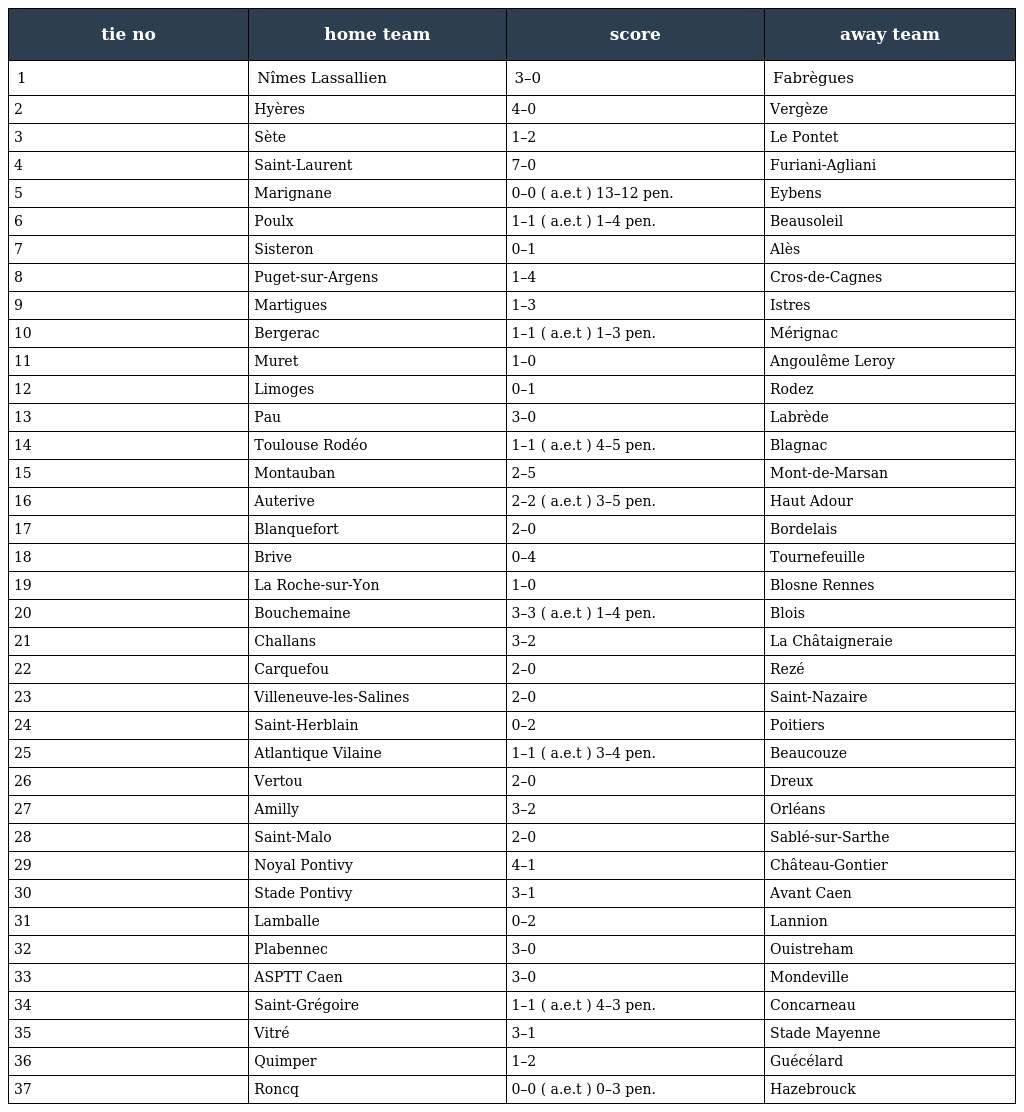
| tie no | home team | score | away team |
 | --- | --- | --- | --- |
 | 1 | Nîmes Lassallien | 3–0 | Fabrègues |
 | 2 | Hyères | 4–0 | Vergèze |
 | 3 | Sète | 1–2 | Le Pontet |
 | 4 | Saint-Laurent | 7–0 | Furiani-Agliani |
 | 5 | Marignane | 0–0 ( a.e.t ) 13–12 pen. | Eybens |
 | 6 | Poulx | 1–1 ( a.e.t ) 1–4 pen. | Beausoleil |
 | 7 | Sisteron | 0–1 | Alès |
 | 8 | Puget-sur-Argens | 1–4 | Cros-de-Cagnes |
 | 9 | Martigues | 1–3 | Istres |
 | 10 | Bergerac | 1–1 ( a.e.t ) 1–3 pen. | Mérignac |
 | 11 | Muret | 1–0 | Angoulême Leroy |
 | 12 | Limoges | 0–1 | Rodez |
 | 13 | Pau | 3–0 | Labrède |
 | 14 | Toulouse Rodéo | 1–1 ( a.e.t ) 4–5 pen. | Blagnac |
 | 15 | Montauban | 2–5 | Mont-de-Marsan |
 | 16 | Auterive | 2–2 ( a.e.t ) 3–5 pen. | Haut Adour |
 | 17 | Blanquefort | 2–0 | Bordelais |
 | 18 | Brive | 0–4 | Tournefeuille |
 | 19 | La Roche-sur-Yon | 1–0 | Blosne Rennes |
 | 20 | Bouchemaine | 3–3 ( a.e.t ) 1–4 pen. | Blois |
 | 21 | Challans | 3–2 | La Châtaigneraie |
 | 22 | Carquefou | 2–0 | Rezé |
 | 23 | Villeneuve-les-Salines | 2–0 | Saint-Nazaire |
 | 24 | Saint-Herblain | 0–2 | Poitiers |
 | 25 | Atlantique Vilaine | 1–1 ( a.e.t ) 3–4 pen. | Beaucouze |
 | 26 | Vertou | 2–0 | Dreux |
 | 27 | Amilly | 3–2 | Orléans |
 | 28 | Saint-Malo | 2–0 | Sablé-sur-Sarthe |
 | 29 | Noyal Pontivy | 4–1 | Château-Gontier |
 | 30 | Stade Pontivy | 3–1 | Avant Caen |
 | 31 | Lamballe | 0–2 | Lannion |
 | 32 | Plabennec | 3–0 | Ouistreham |
 | 33 | ASPTT Caen | 3–0 | Mondeville |
 | 34 | Saint-Grégoire | 1–1 ( a.e.t ) 4–3 pen. | Concarneau |
 | 35 | Vitré | 3–1 | Stade Mayenne |
 | 36 | Quimper | 1–2 | Guécélard |
 | 37 | Roncq | 0–0 ( a.e.t ) 0–3 pen. | Hazebrouck |